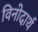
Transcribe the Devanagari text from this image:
विनोदार्थ